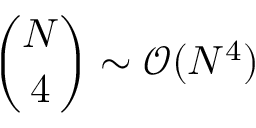
\binom { N } { 4 } \sim \mathcal { O } ( N ^ { 4 } )